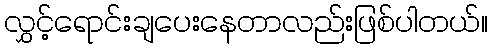
လွှင့်ရောင်းချပေးနေတာလည်းဖြစ်ပါတယ်။